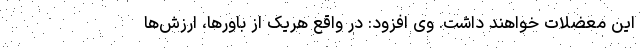
این معضلات خواهند داشت. وی افزود: در واقع هریک از باورها، ارزش‌ها